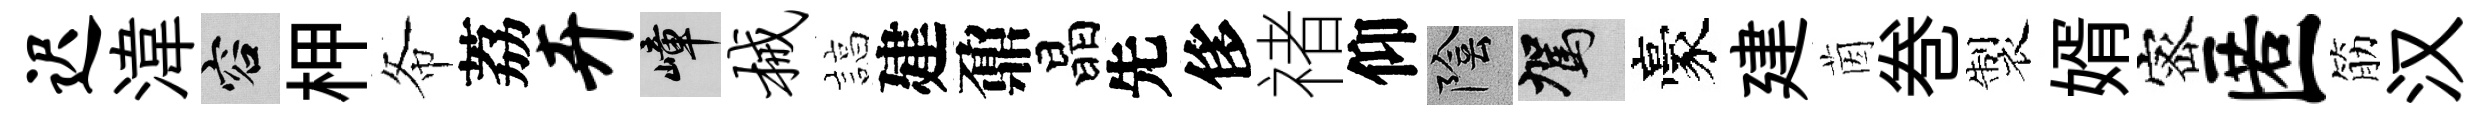
迟湋容柙𢁙荔卉嶂械諄建鼐晶先侈禇仰陰駕豪建茵巻製婿宻匿筋汉